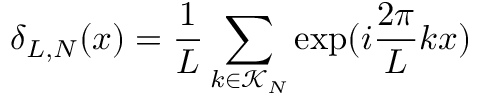
\delta _ { L , N } ( x ) = \frac { 1 } { L } \sum _ { k \in \mathcal { K } _ { N } } \exp ( i \frac { 2 \pi } { L } k x )